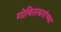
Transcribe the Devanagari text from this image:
गोविलकरांच्या